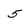
Character: 5